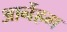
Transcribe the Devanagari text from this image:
आर्नेहम